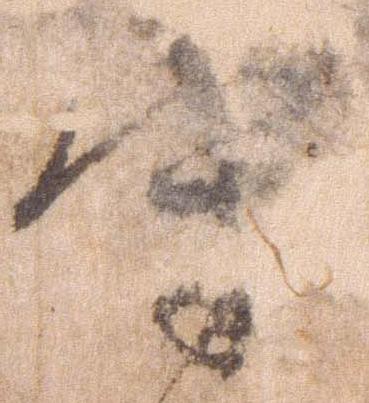
守